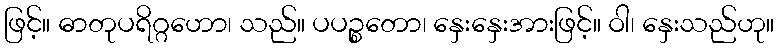
ဖြင့်။ ဓာတုပရိဂ္ဂဟော၊ သည်။ ပပဉ္စတော၊ နှေးနှေးအားဖြင့်။ ဝါ၊ နှေးသည်ဟု။